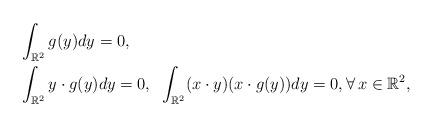
LaTeX: \begin{align*}&\int_{\mathbb R^2} g(y) dy=0, \\&\int_{\mathbb R^2} y\cdot g(y)dy=0, \;\;\int_{\mathbb R^2} (x\cdot y) (x\cdot g(y))dy =0, \forall\, x \in \mathbb R^2, \end{align*}